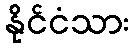
နိုင်ငံသား